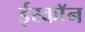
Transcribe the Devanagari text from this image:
ईस्काॅन